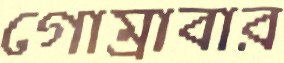
গোম্‌রাবার